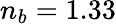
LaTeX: n_{b}=1.33